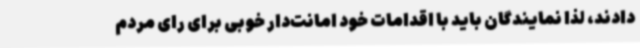
دادند، لذا نمایندگان باید با اقدامات خود امانت‌دار خوبی برای رای مردم